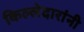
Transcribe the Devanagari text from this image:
किल्लेदारांनी